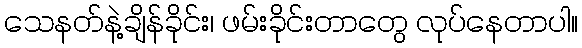
သေနတ်နဲ့ချိန်ခိုင်း၊ ဖမ်းခိုင်းတာတွေ လုပ်နေတာပါ။